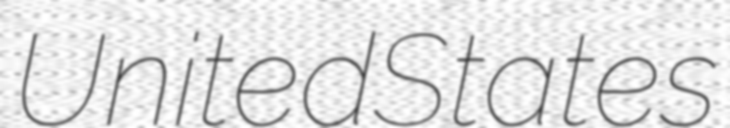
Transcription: United States